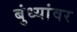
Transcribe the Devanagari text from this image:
बुंध्यांवर